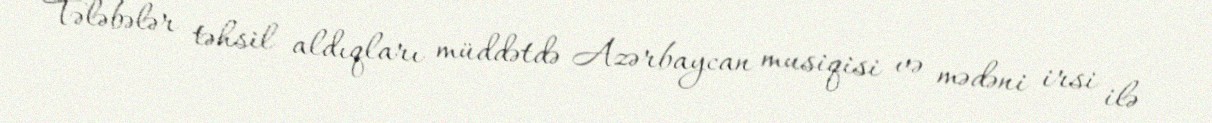
Tələbələr təhsil aldıqları müddətdə Azərbaycan musiqisi və mədəni irsi ilə